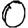
Digit: 0